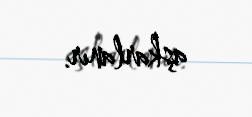
aşkarlanır.